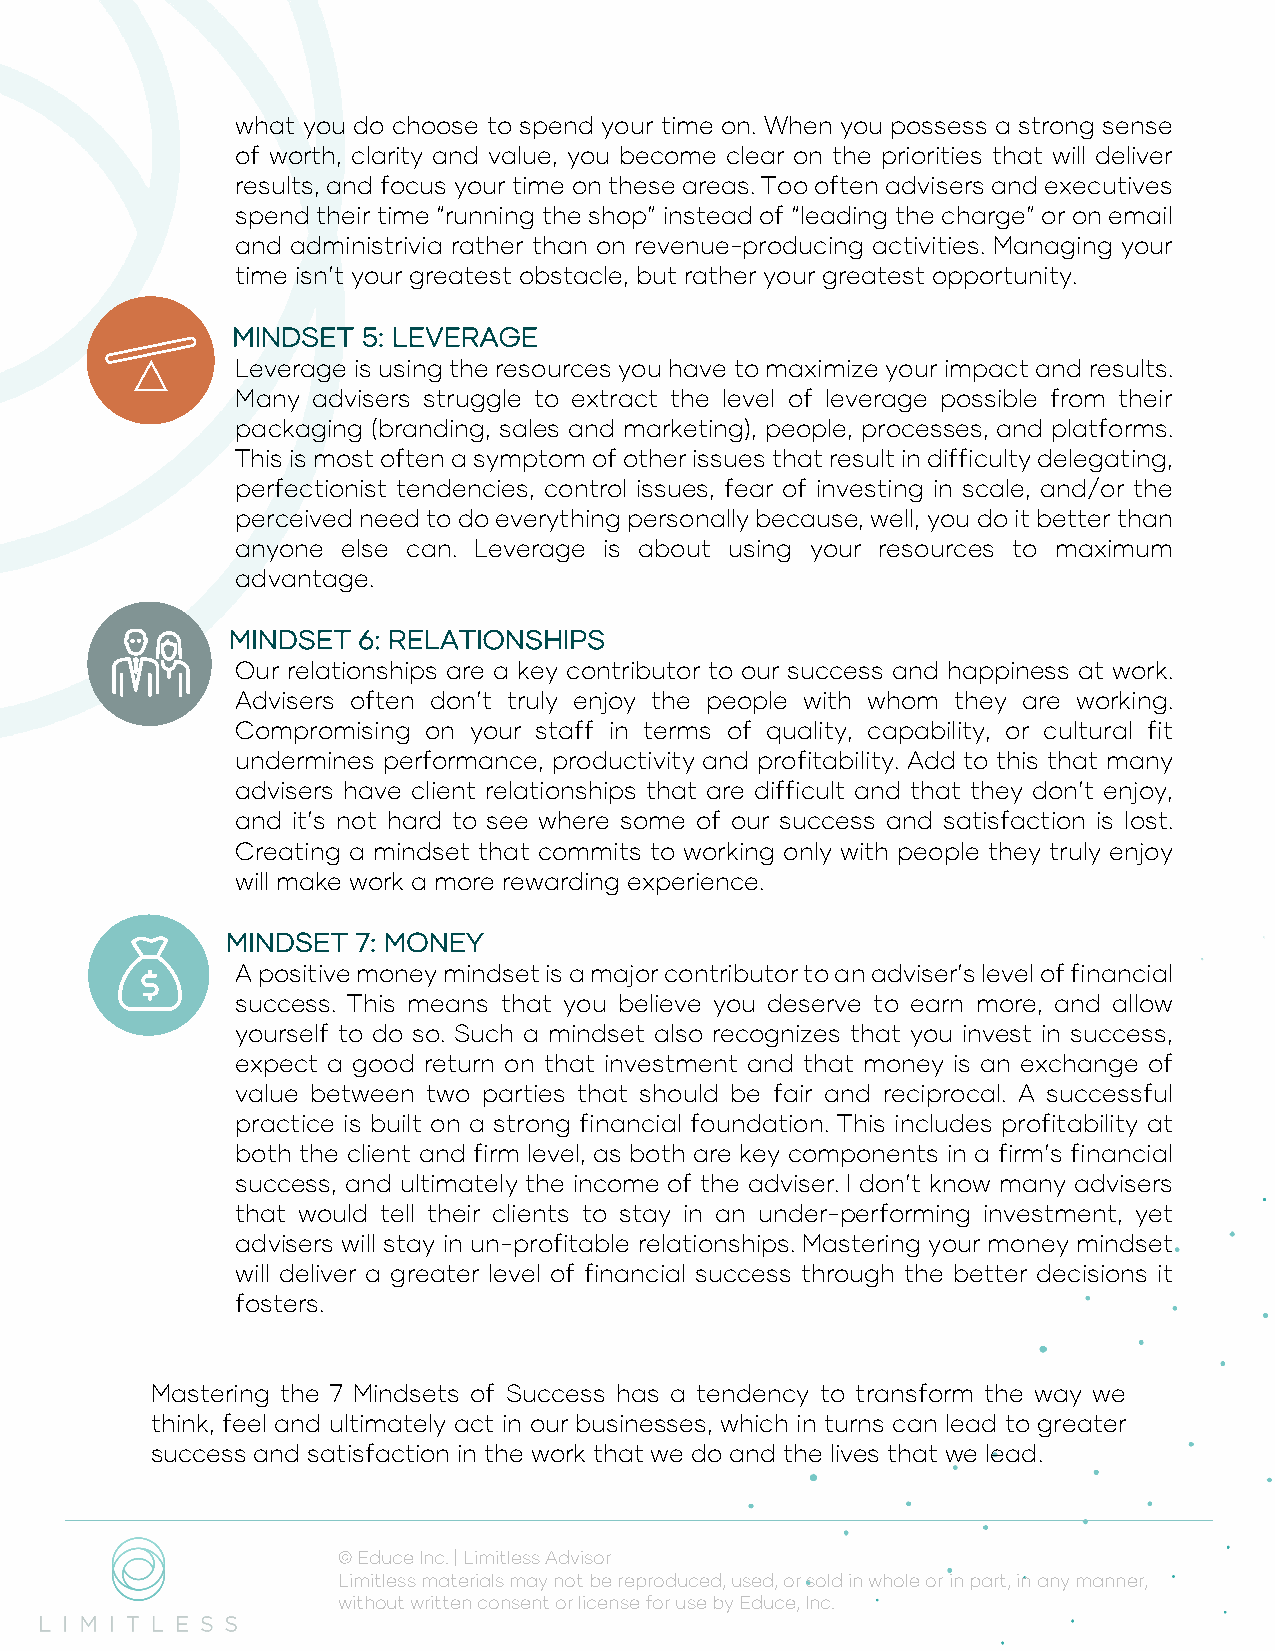
what you do choose to spend your time on. When you possess a strong sense
 of worth, clarity and value, you become clear on the priorities that will deliver
 results, and focus your time on these areas. Too often advisers and executives
 spend their time “running the shop” instead of “leading the charge” or on email
 and administrivia rather than on revenue-producing activities. Managing your
 time isn’t your greatest obstacle, but rather your greatest opportunity.
 MINDSET  5: LEVERAGE
 Leverage is using the resources you have to maximize your impact and results.
 Many advisers struggle to extract the level of leverage possible from their
 packaging (branding, sales and marketing), people, processes, and platforms.
 This is most often a symptom of other issues that result in difficulty delegating,
 perfectionist tendencies, control issues, fear of investing in scale, and/or the
 perceived need to do everything personally because, well, you do it better than
 anyone else can. Leverage is about using your resources to maximum
 advantage.
 MINDSET  6: RELATIONSHIPS
 Our relationships are a key contributor to our success and happiness at work.
 Advisers often don’t truly enjoy the people with whom they are working.
 Compromising on your staff in terms of quality, capability, or cultural fit
 undermines performance, productivity and profitability. Add to this that many
 advisers have client relationships that are difficult and that they don’t enjoy,
 and it’s not hard to see where some of our success and satisfaction is lost.
 Creating a mindset that commits to working only with people they truly enjoy
 will make work a more rewarding experience.
 MINDSET  7: MONEY
 A positive money mindset is a major contributor to an adviser’s level of financial
 success. This means that you believe you deserve to earn more, and allow
 yourself to do so. Such a mindset also recognizes that you invest in success,
 expect a good return on that investment and that money is an exchange of
 value between two parties that should be fair and reciprocal. A successful
 practice is built on a strong financial foundation. This includes profitability at
 both the client and firm level, as both are key components in a firm’s financial
 success, and ultimately the income of the adviser. I don’t know many advisers
 that would tell their clients to stay in an under-performing investment, yet
 advisers will stay in un-profitable relationships. Mastering your money mindset
 will deliver a greater level of financial success through the better decisions it
 fosters.
 Mastering the 7 Mindsets of Success has a tendency to transform the way we
 think, feel and ultimately act in our businesses, which in turns can lead to greater
 success and satisfaction in the work that we do and the lives that we lead.
 © Educe Inc. | Limitless Advisor
 Limitless materials may not be reproduced, used, or sold in whole or in part, in any manner,
 without written consent or license for use by Educe, Inc.